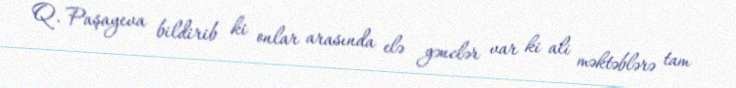
Q. Paşayeva bildirib ki onlar arasında elə gənclər var ki ali məktəblərə tam